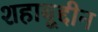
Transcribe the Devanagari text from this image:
शहाबूद्दीन